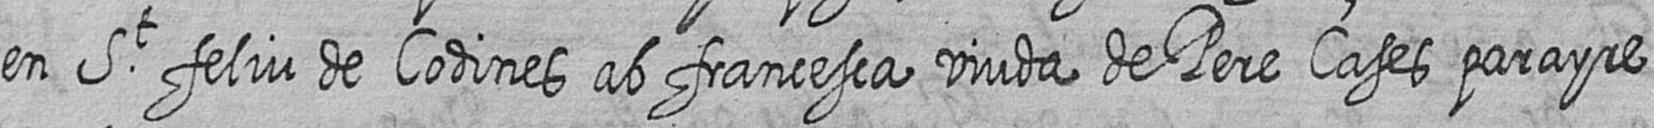
en St feliu de Codines ab francesca viuda de Pere Cases parayre